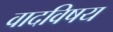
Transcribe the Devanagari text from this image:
वादविषय